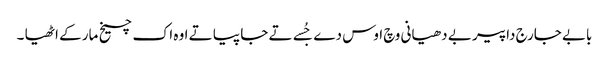
بابے جارج داپیر بے دھیانی وچ اوس دے جُسے تے جا پیا تے اوہ اک چیخ مار کے اٹھیا ۔